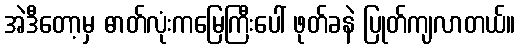
အဲဒီတော့မှ ဓာတ်လုံးကမြေကြီးပေါ် ဖုတ်ခနဲ ပြုတ်ကျလာတယ်။